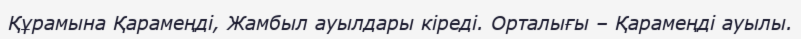
Құрамына Қарамеңді, Жамбыл ауылдары кіреді. Орталығы – Қарамеңді ауылы.